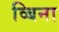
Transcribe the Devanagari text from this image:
व्बिना